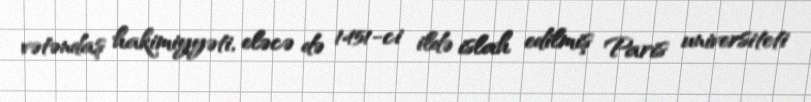
vətəndaş hakimiyyəti, eləcə də 1451-ci ildə islah edilmiş Paris universiteti